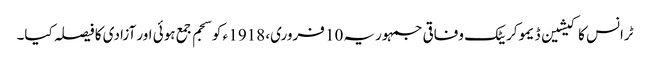
ٹرانس کاکیشین ڈیموکریٹک وفاقی جمہوریہ 10 فروری، 1918 ء کو سجم جمع ہوئی اور آزادی کا فیصلہ کیا۔